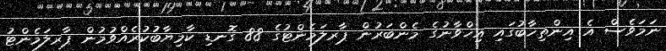
ނަމަވެސް އެ އިންތިޚާބުގައި އިޚްވާނުގެ މެންބަރުން ޕާރލަމެންޓުގެ 88 ގޮނޑި ކާމިޔާބުކުރެއްވުމުން ޕާރލަމެންޓު